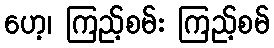
ဟေ့၊ ကြည့်စမ်း ကြည့်စမ်